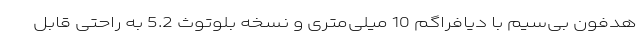
هدفون بی‌سیم با دیافراگم 10 میلی‌متری و نسخه بلوتوث 5.2 به راحتی قابل